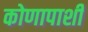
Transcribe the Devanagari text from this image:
कोणापाशी